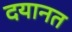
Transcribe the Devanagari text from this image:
दयानत